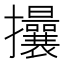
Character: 𢺖